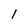
Character: l